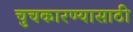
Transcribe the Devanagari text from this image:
चुचकारण्यासाठी